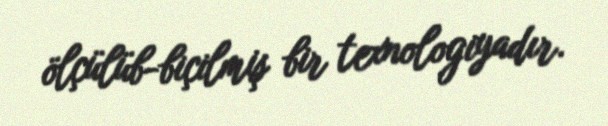
ölçülüb-biçilmiş bir texnologiyadır.